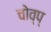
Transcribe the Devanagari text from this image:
चोव्प्